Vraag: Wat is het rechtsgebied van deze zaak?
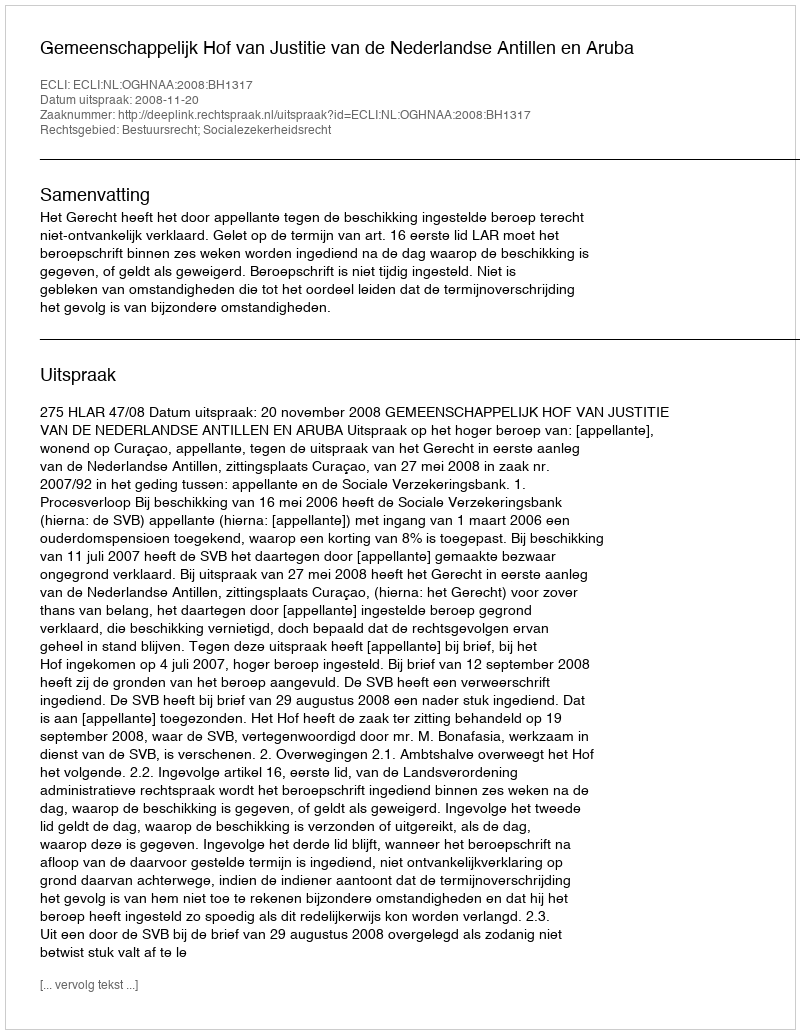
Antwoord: Bestuursrecht; Socialezekerheidsrecht